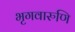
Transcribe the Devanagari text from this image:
भृगवारुणि